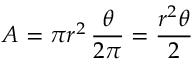
A = \pi r ^ { 2 } \, { \frac { \theta } { 2 \pi } } = { \frac { r ^ { 2 } \theta } { 2 } }